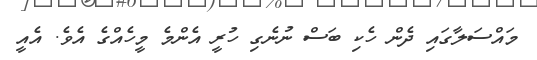
މައްސަލާގައި ދެން ހެކި ބަސް ނުނެގި ހުރީ އެންމެ މީހެއްގެ އެވެ. އެއީ